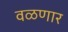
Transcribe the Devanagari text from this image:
वळणार